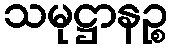
သမုဋ္ဌာနဉ္စ